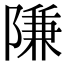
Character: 隒